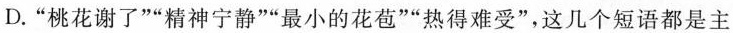
D.”桃花谢了””精神宁静””最小的花苞””热得难受”，这几个短语都是主